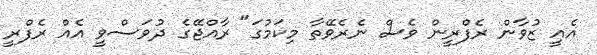
އެއީ ޒުވާން ރެފްރީން ވެސް ނެރެވޭތާ މިކަމުގަ" ރާއްޖޭގެ ދުވަސްވީ އެއް ރެފްރީ